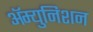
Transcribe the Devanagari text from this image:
ॲम्युनिशन